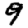
Digit: 9